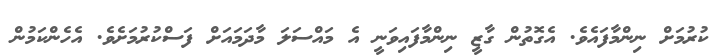
ކުރުމަށް ނިންމާފައެވެ. އެގޮތުން ގާޒީ ނިންމާފައިވަނީ އެ މައްސަލަ މާދަމައަށް ފަސްކުރުމަށެވެ. އެހެންކަމުން